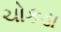
ચોકડા